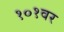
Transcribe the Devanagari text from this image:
१०१वर